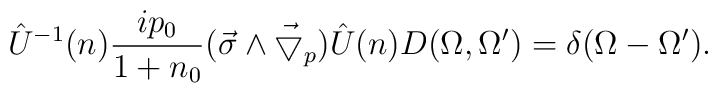
\hat{U}^{-1}(n) \frac{ip_0}{1+n_0} (\vec{\sigma}\wedge\vec{\bigtriangledown}_p) \hat{U}(n) D(\Omega , \Omega^{\prime}) =\delta (\Omega - \Omega^{\prime}).